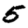
Digit: 5